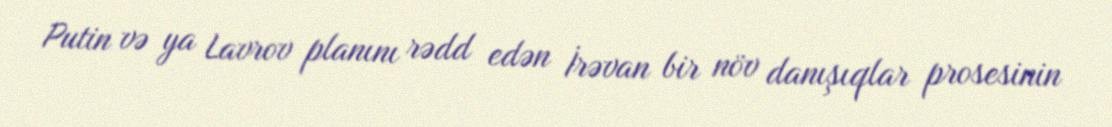
Putin və ya Lavrov planını rədd edən İrəvan bir növ danışıqlar prosesinin